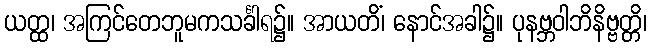
ယတ္ထ၊ အကြင်တေဘူမကသင်္ခါရ၌။ အာယတိံ၊ နောင်အခါ၌။ ပုနဗ္ဘဝါဘိနိဗ္ဗတ္တိ၊